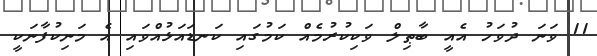
11 ވަނަ ދުވަހު އެއީ ބާޠިލް ވަކިކުރުމެއް ކަމުގައި ކަނޑައަޅުއްވައި އެ މަނިކުފާނަކީ